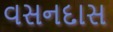
વસનદાસ